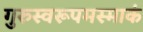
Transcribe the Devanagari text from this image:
गुरुस्वरूपमस्माकं